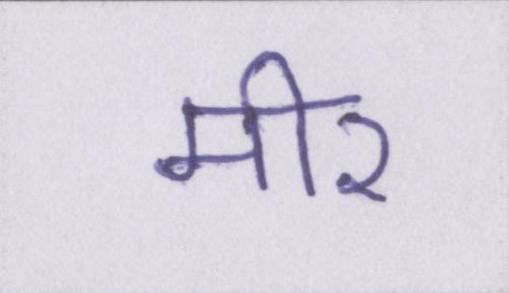
मीर